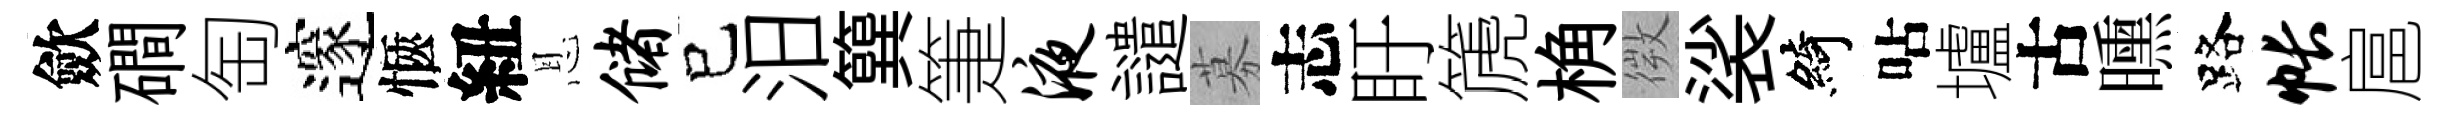
歛磵匋邃愜紐恩储已汨簨箑液譴募志盱篪桷微裟綺呫壚古曛路帐扈